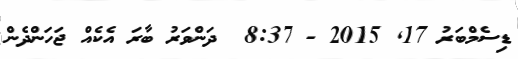
ޑިސެމްބަރު 17